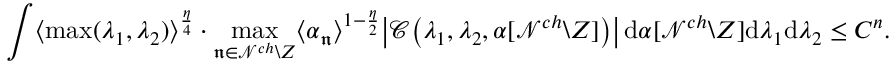
\int \langle \operatorname* { m a x } ( \lambda _ { 1 } , \lambda _ { 2 } ) \rangle ^ { \frac { \eta } { 4 } } \cdot \operatorname* { m a x } _ { \mathfrak n \in \mathcal N ^ { c h } \backslash Z } \langle \alpha _ { \mathfrak n } \rangle ^ { 1 - \frac { \eta } { 2 } } \big | \mathcal C \big ( \lambda _ { 1 } , \lambda _ { 2 } , \alpha [ \mathcal N ^ { c h } \backslash Z ] \big ) \big | \, \mathrm { d } \alpha [ \mathcal N ^ { c h } \backslash Z ] \mathrm { d } \lambda _ { 1 } \mathrm { d } \lambda _ { 2 } \leq C ^ { n } .